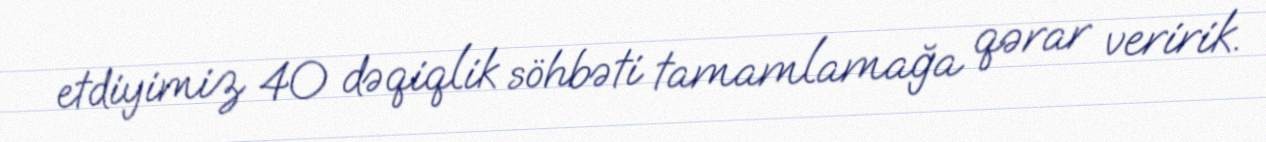
etdiyimiz 40 dəqiqlik söhbəti tamamlamağa qərar veririk.